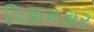
વિકાસકાર